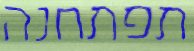
תפתחנה